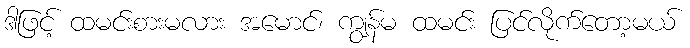
ဒါဖြင့် ထမင်းစားမလား အမောင်၊ ကျွန်မ ထမင်း ပြင်လိုက်တော့မယ်